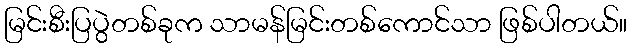
မြင်းစီးပြပွဲတစ်ခုက သာမန်မြင်းတစ်ကောင်သာ ဖြစ်ပါတယ်။